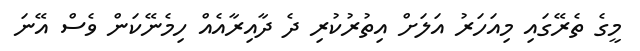
މީގެ ތެރޭގައި މިއަހަރު އަލަށް އިތުރުކުރި ދެ ދާއިރާއެއް ހިމެނޭކަން ވެސް އޭނަ